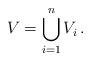
LaTeX: \begin{align*}V=\bigcup_{i=1}^{n} V_i\,.\end{align*}